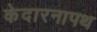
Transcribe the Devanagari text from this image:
केदारनापथ